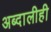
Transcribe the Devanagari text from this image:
अब्दालीही